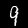
Label: 9